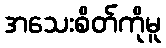
အသေးစိတ်ကိုမူ